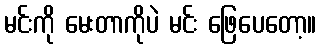
မင်းကို မေးတာကိုပဲ မင်း ဖြေပေတော့။